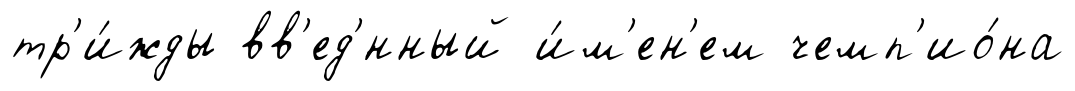
тр'и́жды вв'ед'́нный и́м'ен'ем чемп'ио́на